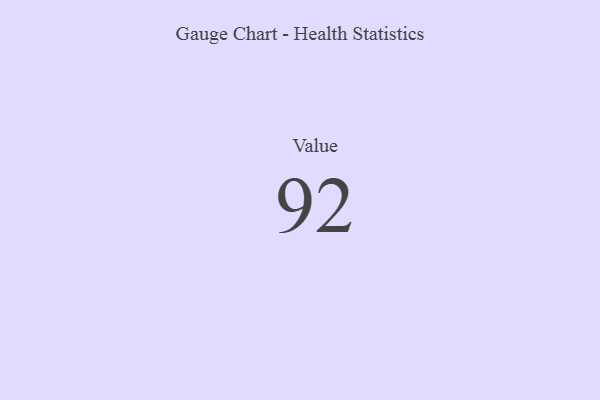
{"axis": {"x": "Metric", "y": "Value"}, "legend": [""], "data": [{"x": "Value", "y": 92, "type": ""}]}